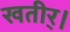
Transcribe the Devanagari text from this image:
खतीर्।